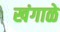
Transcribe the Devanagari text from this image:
खंगाळे